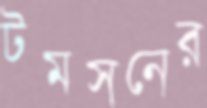
টমসনের